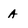
Character: A